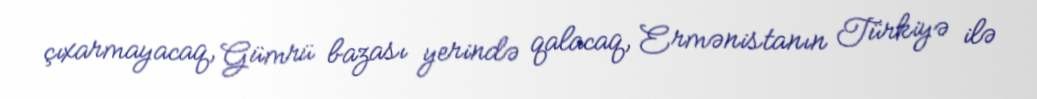
çıxarmayacaq, Gümrü bazası yerində qalacaq, Ermənistanın Türkiyə ilə